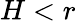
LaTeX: H<r